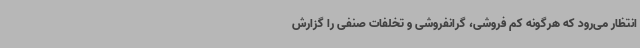
انتظار می‌رود که هرگونه کم فروشی، گرانفروشی و تخلفات صنفی را گزارش